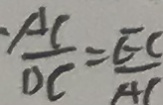
\frac { A C } { D C } = \frac { E C } { A C }